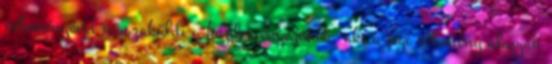
véleményével visszaküldi a kezdeményezőnek, aki a jogi vélemény alapján